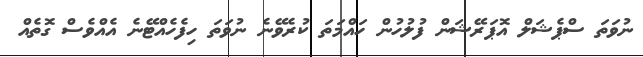
ނުވަތަ ސްޕެޝަލް އޮޕަރޭޝަން ފުލުހުން ހައްމަތަ ކުރެވޭނެ ނުވަތަ ހިފެހެއްޓޭނެ އެއްވެސް ގޮތެއް